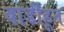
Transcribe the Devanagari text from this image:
वाडीहून